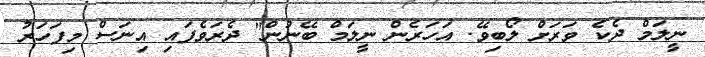
ނީލަމް ދެކެ ވަރަށް ލޯބިވޭ. އަހަރެން ނީލަމް ބޭނުން" ދެރަވެފައި އިނަސް މިފަހަރު